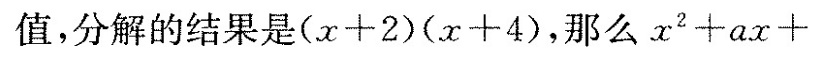
值，分解的结果是$$( x + 2 ) ( x + 4 )$$，那么$$x ^ { 2 } + a x +